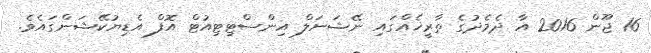
16 ޖޫން 2016 އާ ދެމެދުގެ ތާރީޚެއްގައި ނޭޝަނަލް އިންސްޓިޓިއުޓް އޮފް އެޑިޔުކޭޝަންގައެވެ.